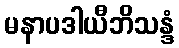
မနာပဒါယီဘိသန္ဒံ